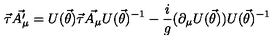
\vec { \tau } \vec { A _ { \mu } ^ { \prime } } = U ( \vec { \theta } ) \vec { \tau } \vec { A _ { \mu } } U ( \vec { \theta } ) ^ { - 1 } - \frac { i } { g } ( \partial _ { \mu } U ( \vec { \theta } ) ) U ( \vec { \theta } ) ^ { - 1 }